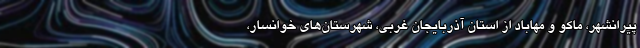
پیرانشهر، ماکو و مهاباد از استان آذربایجان غربی، شهرستان‌های خوانسار،